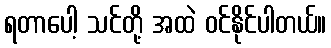
ရတာပေါ့ သင်တို့ အထဲ ဝင်နိုင်ပါတယ်။